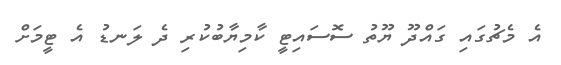
އެ މެޗުގައި ގައްދޫ ޔޫތު ސޮސައިޓީ ކާމިޔާބުކުރި ދެ ލަނޑު އެ ޓީމަށް